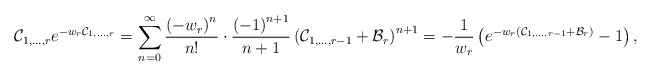
\begin{align*}\mathcal{C}_{1,\dots,r}e^{-w_{r}\mathcal{C}_{1,\dots,r}} = \sum_{n=0}^{\infty}\frac{\left(-w_{r}\right)^{n}}{n!}\cdot\frac{\left(-1\right)^{n+1}}{n+1}\left(\mathcal{C}_{1,\dots,r-1}+\mathcal{B}_{r}\right)^{n+1} = -\frac{1}{w_{r}}\left(e^{-w_{r}\left(\mathcal{C}_{1,\dots,r-1}+\mathcal{B}_{r}\right)}-1\right),\end{align*}